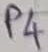
Text: P4